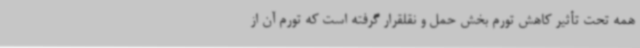
همه تحت تأثیر کاهش تورم بخش حمل و نقلقرار گرفته است که تورم آن از